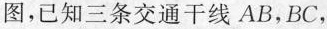
D图，已知三条交通干线AB，BC，